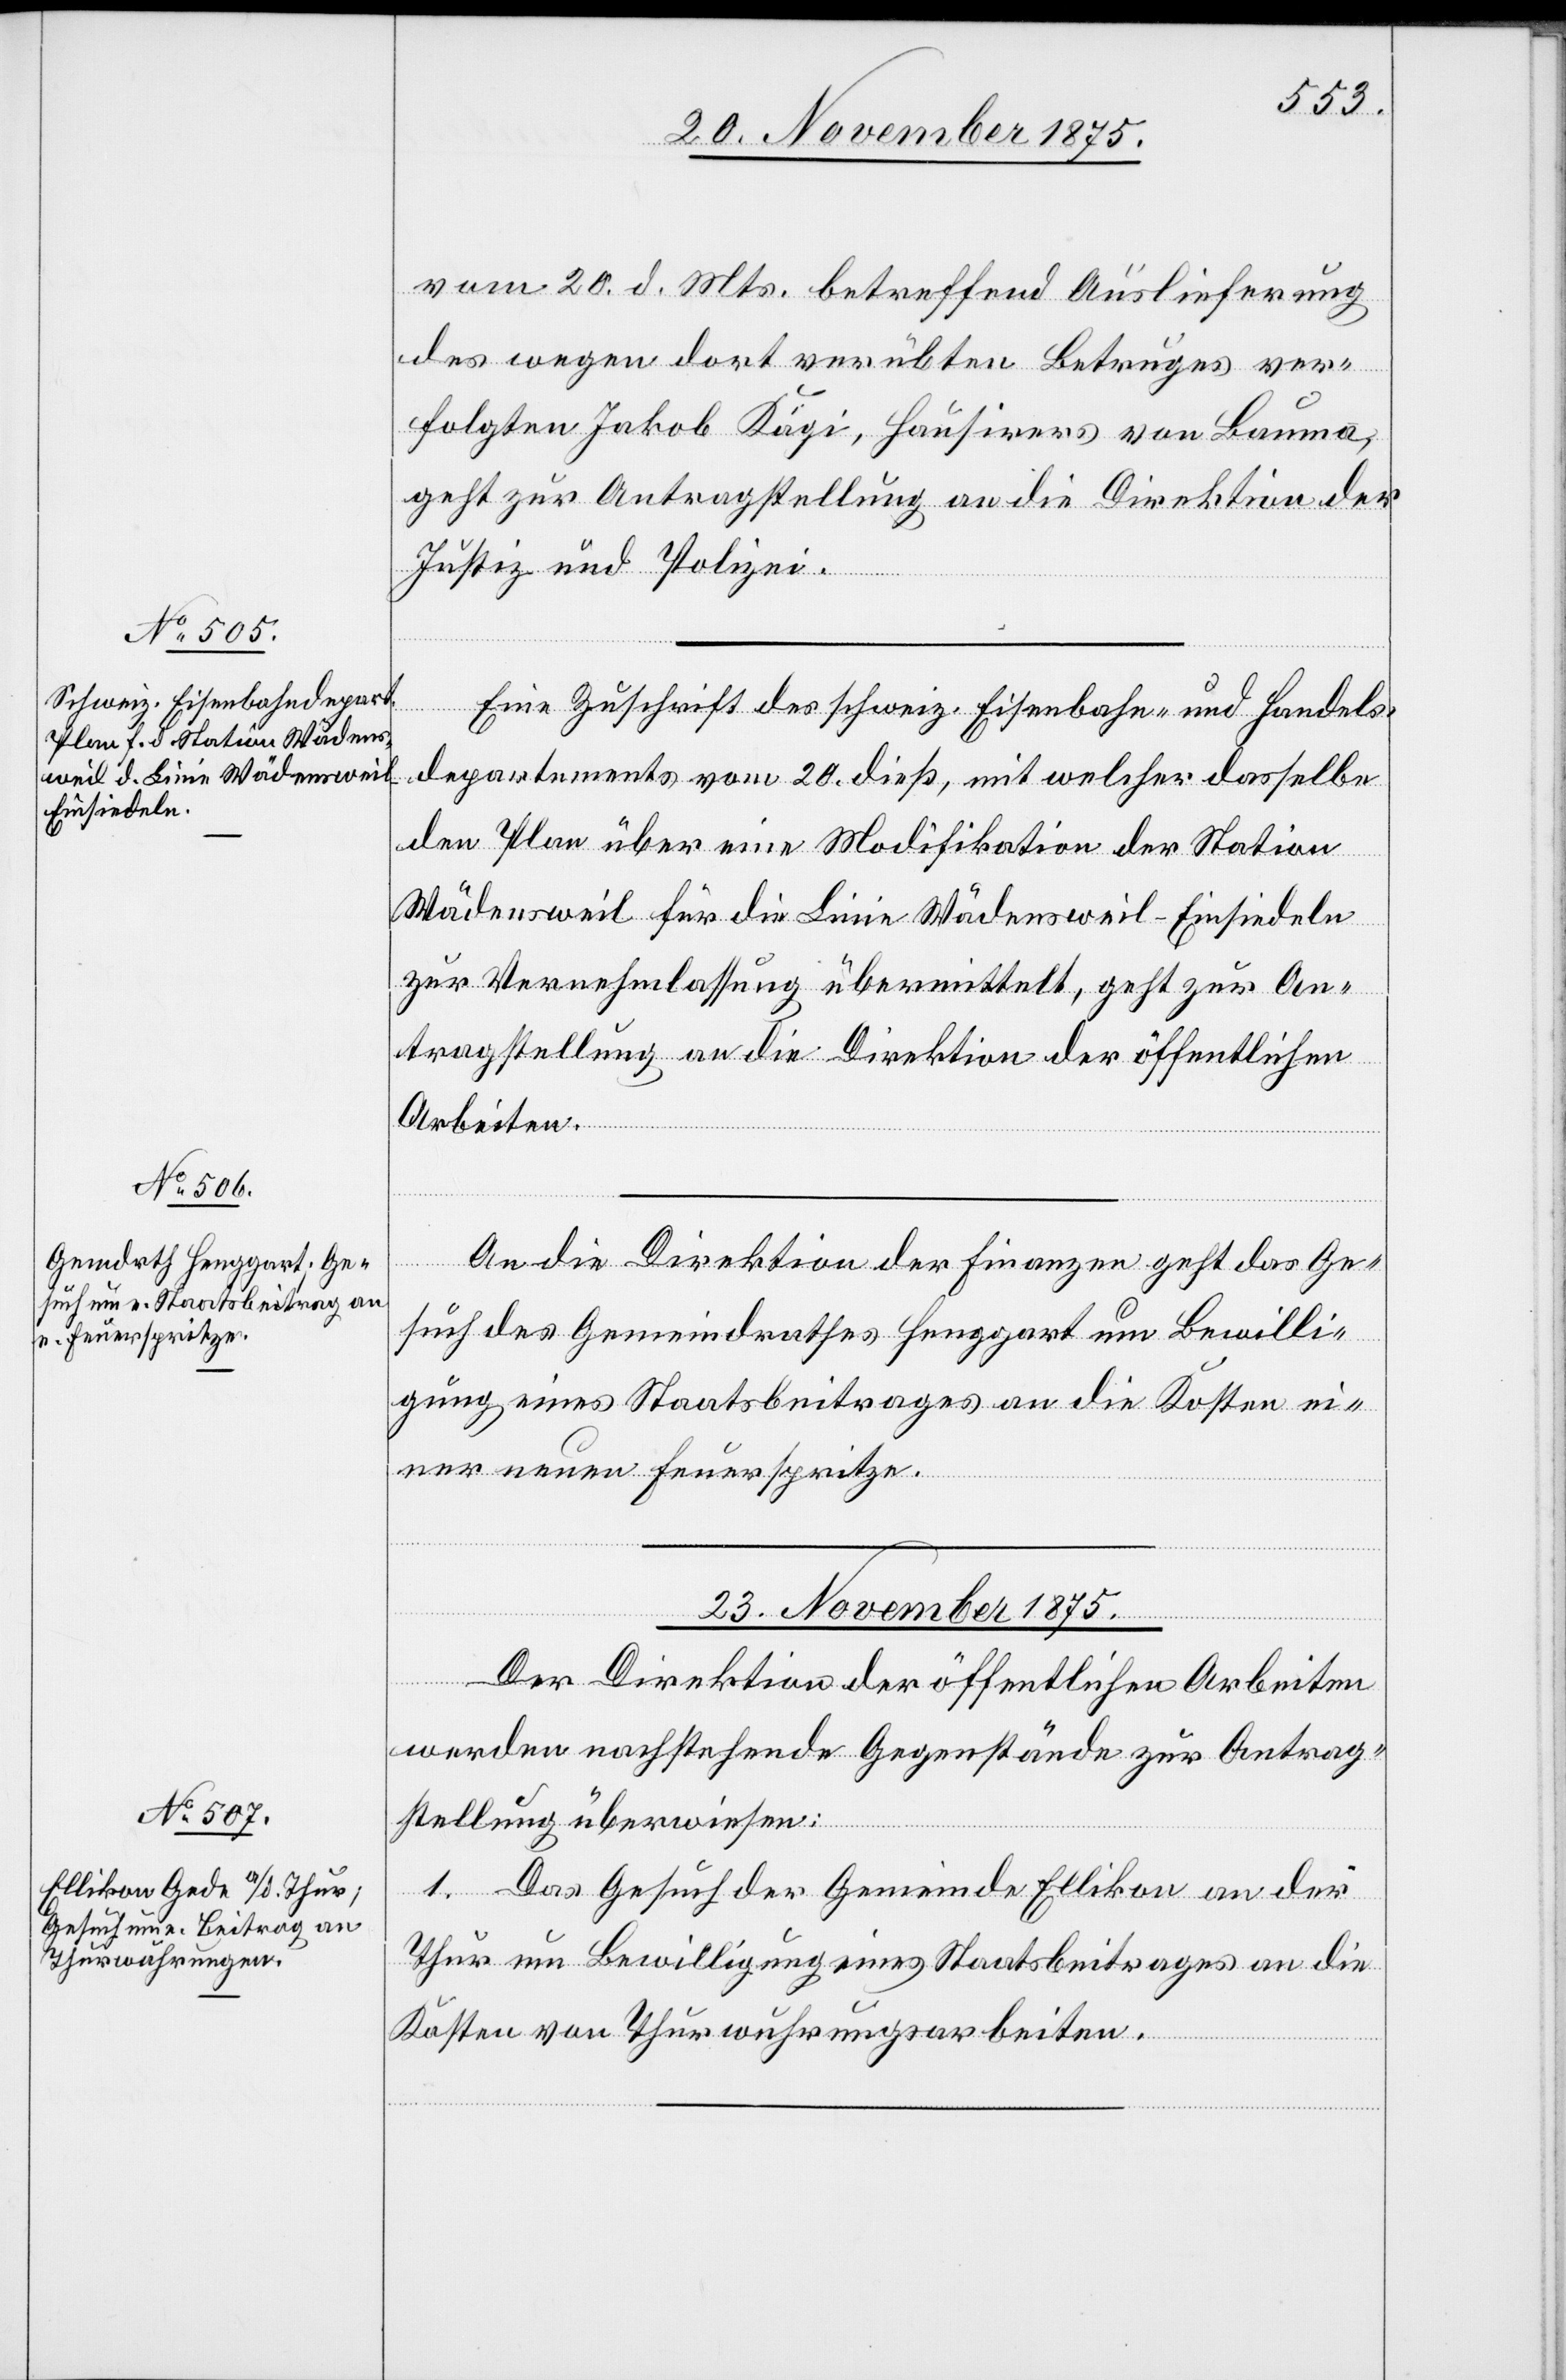
vom 20. d. Mts. betreffend Auslieferung
des wegen dort verübten Betruges ver¬
folgten Jakob Kägi, Hausirers von Bauma,
geht zur Antragstellung an die Direktion der
Justiz und Polizei.
Eine Zuschrift des schweiz. Eisenbahn- und Handels¬
departements vom 20. dieß, mit welcher dasselbe
den Plan über eine Modifikation der Station
Wädensweil für die Linie Wädensweil–Einsiedeln
zur Vernehmlassung übermittelt, geht zur An¬
tragstellung an die Direktion der öffentlichen
Arbeiten.
An die Direktion der Finanzen geht das Ge¬
such des Gemeindrathes Henggart um Bewilli¬
gung eines Staatsbeitrages an die Kosten ei¬
ner neuen Feuerspritze.
23. November 1875.
Der Direktion der öffentlichen Arbeiten
werden nachstehende Gegenstände zur Antrag¬
stellung überwiesen:
1. Das Gesuch der Gemeinde Ellikon an der
Thur um Bewilligung eines Staatsbeitrages an die
Kosten von Thurwuhrungsarbeiten.